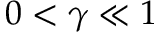
0 < \gamma \ll 1